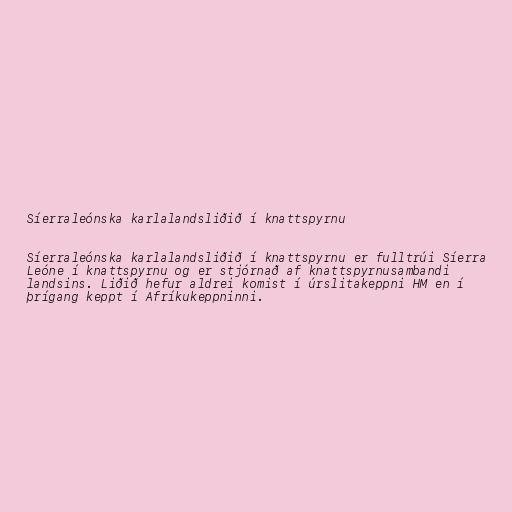
Síerraleónska karlalandsliðið í knattspyrnu

Síerra­leónska karlalandsliðið í knattspyrnu er fulltrúi Síerra
Leóne í knattspyrnu og er stjórnað af knattspyrnusambandi
landsins. Liðið hefur aldrei komist í úrslitakeppni HM en í
þrígang keppt í Afríkukeppninni.